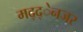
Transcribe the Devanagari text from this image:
मद्द्ेनजर